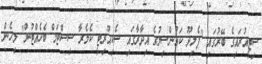
ސިޓީއުރައިގެ ބޭރުގައި "ފެލިދޫ ކައުންސިލުގެ އިދާރާގައި ސެކިއުރިޓީ ކެމެރާ ސިސްޓަމް ބެހެއްޓުން" މިހެން